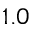
1 . 0